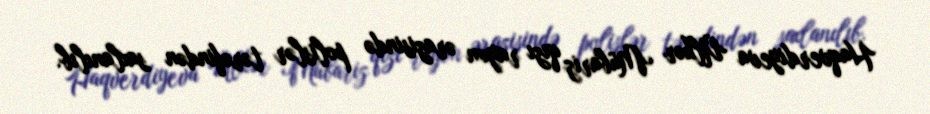
Haqverdiyeva Ülkər Mübariz qızı rayon ərazisində polislər tərəfindən saxlanılıb.